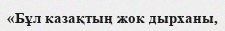
«Бұл казақтың жок дырханы,